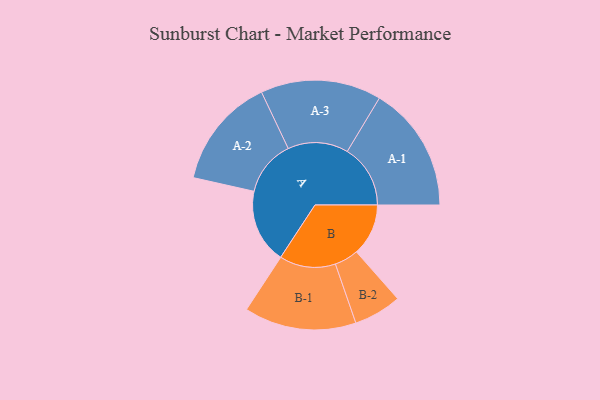
{"axis": {"x": "Segment", "y": "Value"}, "legend": ["", "A", "B"], "data": [{"x": "A", "y": 326, "type": ""}, {"x": "B", "y": 228, "type": ""}, {"x": "A-1", "y": 277, "type": "A"}, {"x": "A-2", "y": 244, "type": "A"}, {"x": "A-3", "y": 265, "type": "A"}, {"x": "B-1", "y": 246, "type": "B"}, {"x": "B-2", "y": 105, "type": "B"}]}